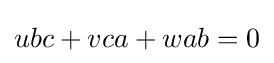
ubc+vca+wab=0